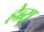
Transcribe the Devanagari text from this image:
हेब्र्यू